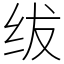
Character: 绂